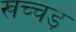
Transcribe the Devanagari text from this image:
खच्चड़